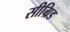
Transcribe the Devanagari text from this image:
सीग्रिड